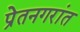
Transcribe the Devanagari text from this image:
प्रेतनगरांत